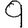
Digit: 9